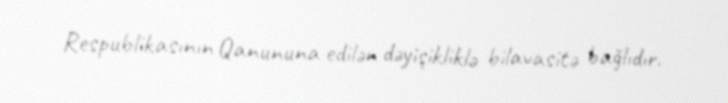
Respublikasının Qanununa edilən dəyişikliklə bilavasitə bağlıdır.